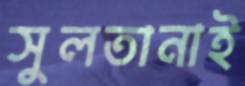
সুলতানাই